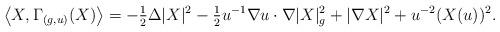
LaTeX: \begin{align*}\left\langle X, \Gamma_{( g, u)}(X) \right\rangle= -\tfrac{1}{2} \Delta |X|^2 - \tfrac{1}{2} u^{-1} {\nabla u} \cdot \nabla |X|_g^2 + |\nabla X|^2 + u^{-2} (X ( u))^2.\end{align*}